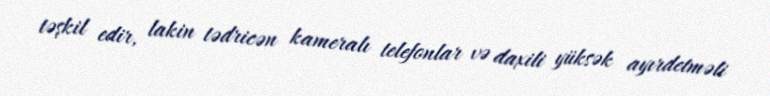
təşkil edir, lakin tədricən kameralı telefonlar və daxili yüksək ayırdetməli